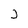
Character: j